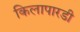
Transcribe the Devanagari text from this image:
किलापारडी